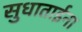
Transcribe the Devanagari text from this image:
सुधाताईना